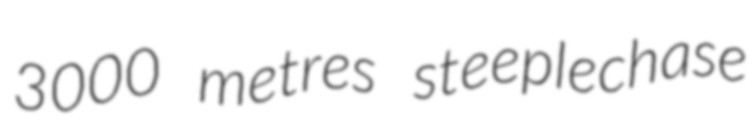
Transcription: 3000 metres steeplechase